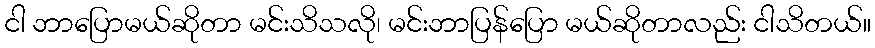
ငါ ဘာပြောမယ်ဆိုတာ မင်းသိသလို၊ မင်းဘာပြန်ပြော မယ်ဆိုတာလည်း ငါသိတယ်။